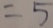
= 5